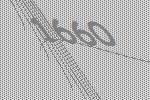
1660